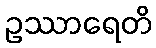
ဥဿာရေတိ